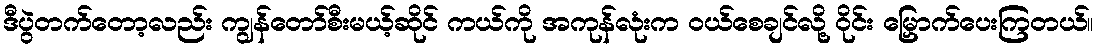
ဒီပွဲတက်တော့လည်း ကျွန်တော်စီးမယ့်ဆိုင် ကယ်ကို အကုန်လုံးက ဝယ်စေချင်လို့ ဝိုင်း မြှောက်ပေးကြတယ်။